Annual report on the lock hospitals of the Madras Presidency
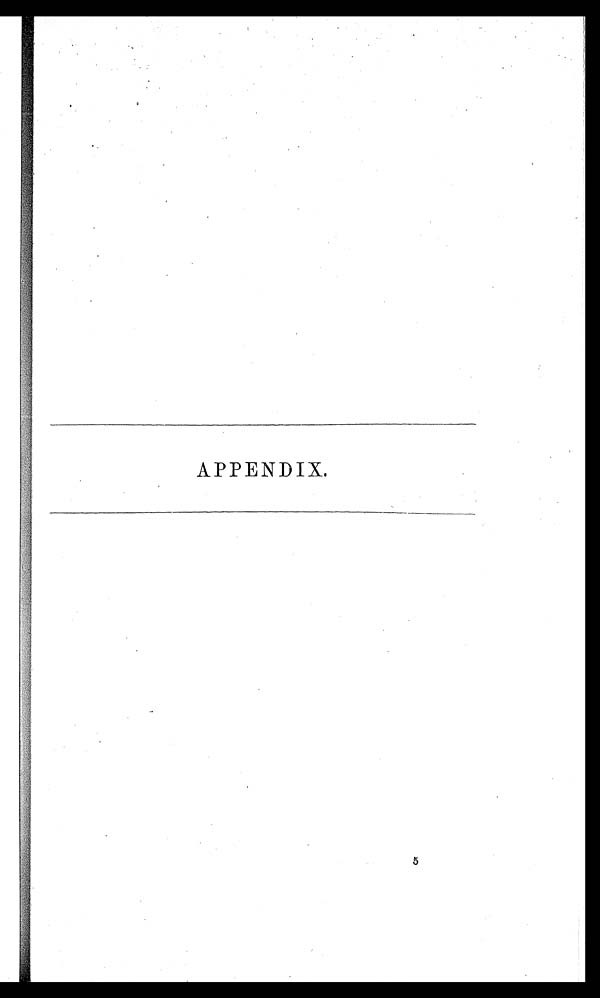
APPENDIX.